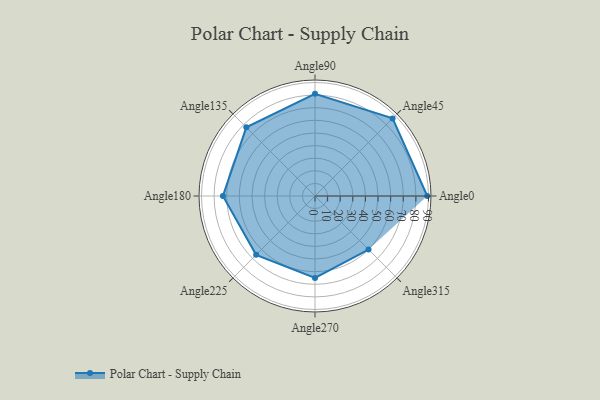
{"axis": {"x": "Angle", "y": "Radius"}, "legend": [""], "data": [{"x": "Angle0", "y": 89.0, "type": ""}, {"x": "Angle45", "y": 87.0, "type": ""}, {"x": "Angle90", "y": 81.0, "type": ""}, {"x": "Angle135", "y": 77.0, "type": ""}, {"x": "Angle180", "y": 73.0, "type": ""}, {"x": "Angle225", "y": 66.0, "type": ""}, {"x": "Angle270", "y": 65.0, "type": ""}, {"x": "Angle315", "y": 60.0, "type": ""}]}